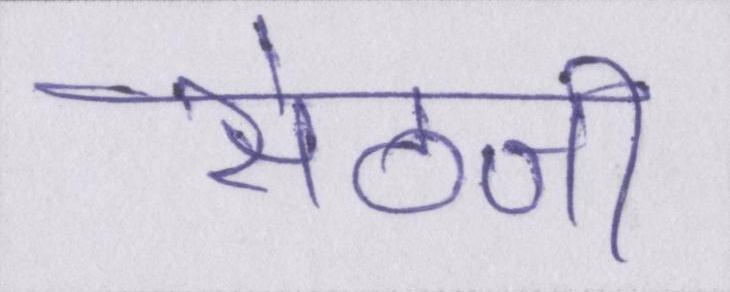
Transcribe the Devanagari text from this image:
सेठजी